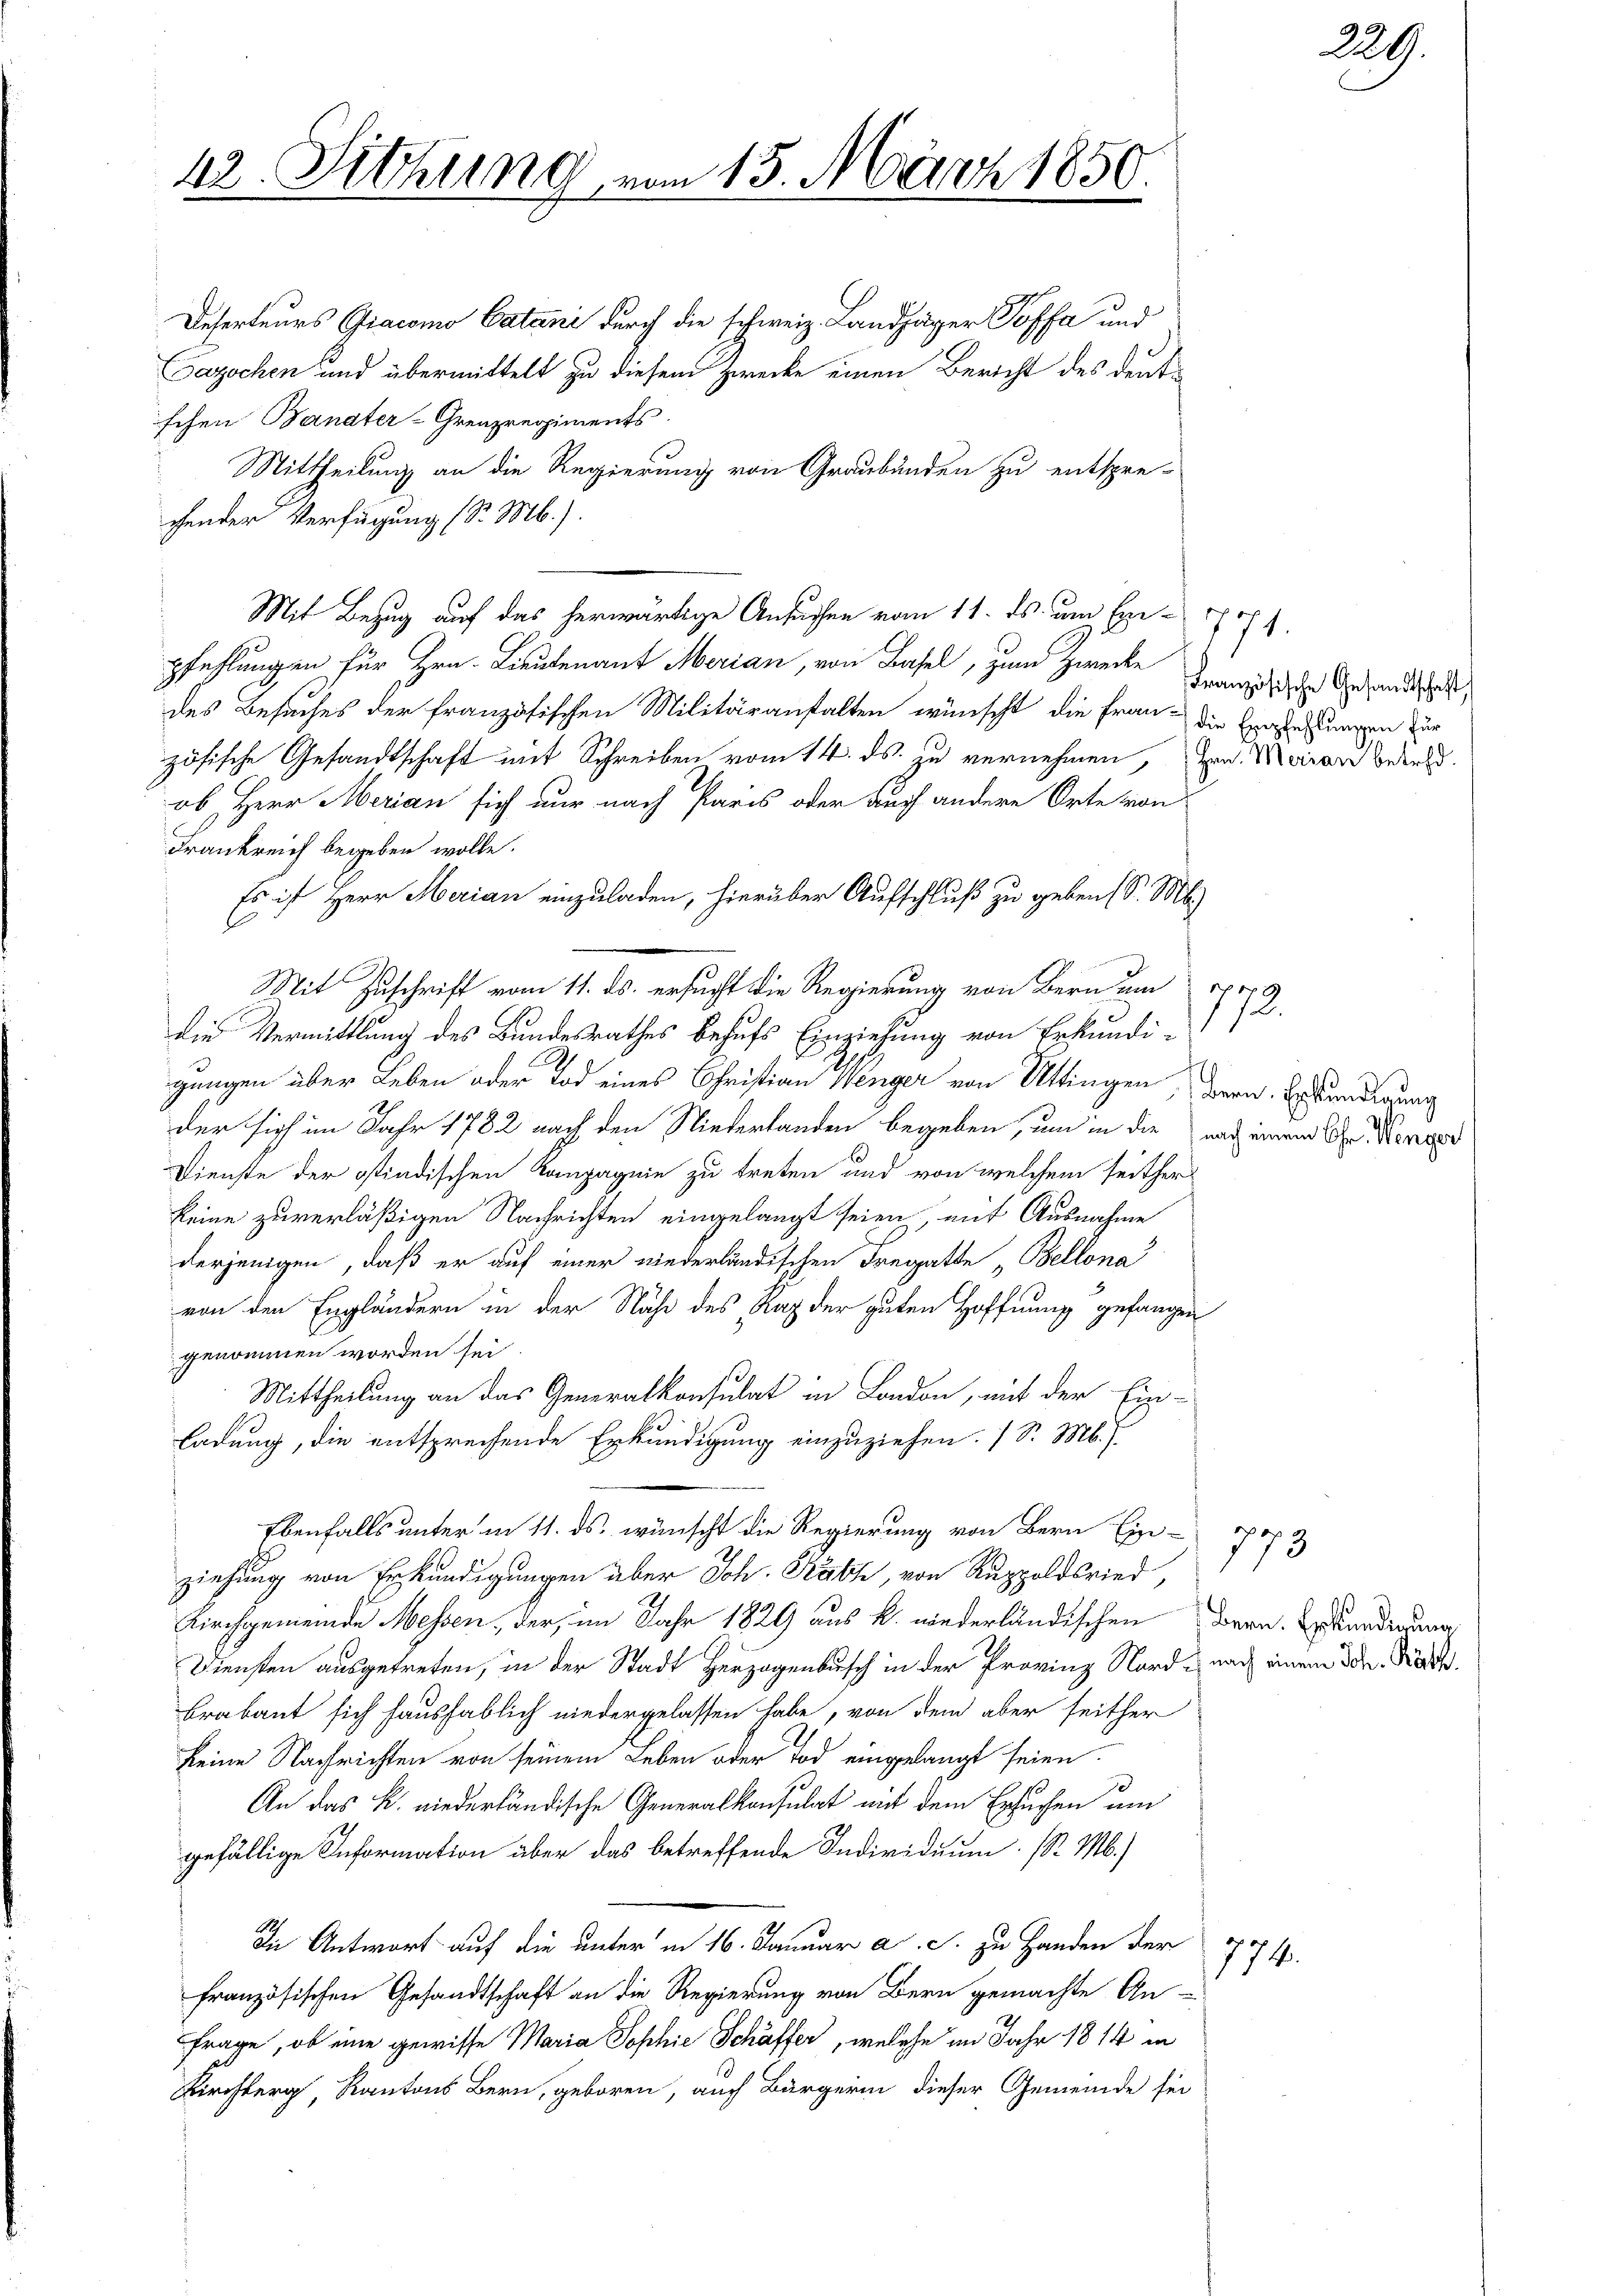
42. Sitzung vom 15. März 1850

Deserteurs Giacomo Catani durch die schweiz. Landjäger Soffa und
Gazochen und übermittelt zu diesem Zwecke einen Bericht des deutschen Banater-Grenzregiments
Mittheilung an die Regierung von Graubünden zu entspre-
chender Verfügung (S. Mb.).
Mit Bezug auf das herwärtige Ansuchen vom 11. ds. um Empfehlungen für Hrn. Lieutenant Merian, von Basel, zum Zwecke
des Besuches der französischen Militäranstalten wünscht die Frau die Ernfessungen für
zösische Gesandtschaft mit Schreiben vom 14. ds. zu vernehmen, um Marian Bedenk
ob, Herr Merian sich nur nach Paris oder auch andere Orte von
Frankreich begeben wolle.
Es ist Herr Merian einzuladen, hierüber Aufschluß zu geben (S. M.
Mit Zuschrift vom 11. ds. ersucht die Regierung von Bern um 1000
die Vermittlung des Bundesrathes behufs Einziehung von Erkundigungen über Leben oder Tod eines Christian Weinger von Uttingen Bern. Er tradirung
der sich im Jahr 1782 nach den Niederlanden begeben, um in die nach einem Sr. Konse
Dienste der ostindischen Kampagnie zu treten und von welchem seither
keine zuverläßigen Nachrichten eingelangt seien, mit Ausnahme
derjenigen, daß er auf einer niederländischen Fregatte „Bellona
von den Engländern in der Nähe des Rat der guten Hoffnung gefangen
genommen worden sei.
Mittheilung an das Generalkonsulat in London, mit der Ein-
ladung, die entsprechende Erkundigung einzuziehen. (S. M. f
Ebenfalls unter in 11. ds. wünscht die Regierung von Bern Ein-
ziehung von Erkundigungen über Joh. Rath, von Ruppoldsried,
Kirchgemeinde Messen, der, im Jahr 1829 aus k. niederländischen Bern. Benadigung
Diensten ausgetreten, in der Stadt Herzogenbusch in der Provinz Nord nach einem Dr. Kath.
brabant sich haushäblich niedergelassen habe, von dem aber seither
keine Nachrichten von seinem Leben oder Tod eingelangt seien.
An das K. niederländische Generalkonsulat mit dem Ersuchen um
gefällige Information über das betreffende Individuum (S. M.)
In Antwort auf die unter in 16. Januar a. c. zu Handen der
französischen Gesandtschaft an die Regierung von Bern gemachte An-
Frage, ob eine gewisse Maria Sophie Schäffer, welche im Jahr 1814 in
Kirchberg, Kantons Bern, geboren, auch Bürgerin dieser Gemeinde sei

771.
Französische Gesandtschaft,

774.

172.

773

29.